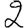
Digit: 2